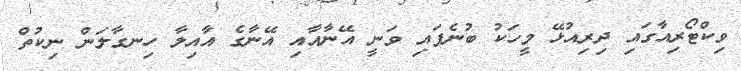
ވިކްޓޯރިއާގައި ދިރިއުޅޭ މީހަކު ބުނެފައި ވަނީ އޭނާއާއި އޭނާގެ އާއިލާ ހިނގާލަން ނިކުތް